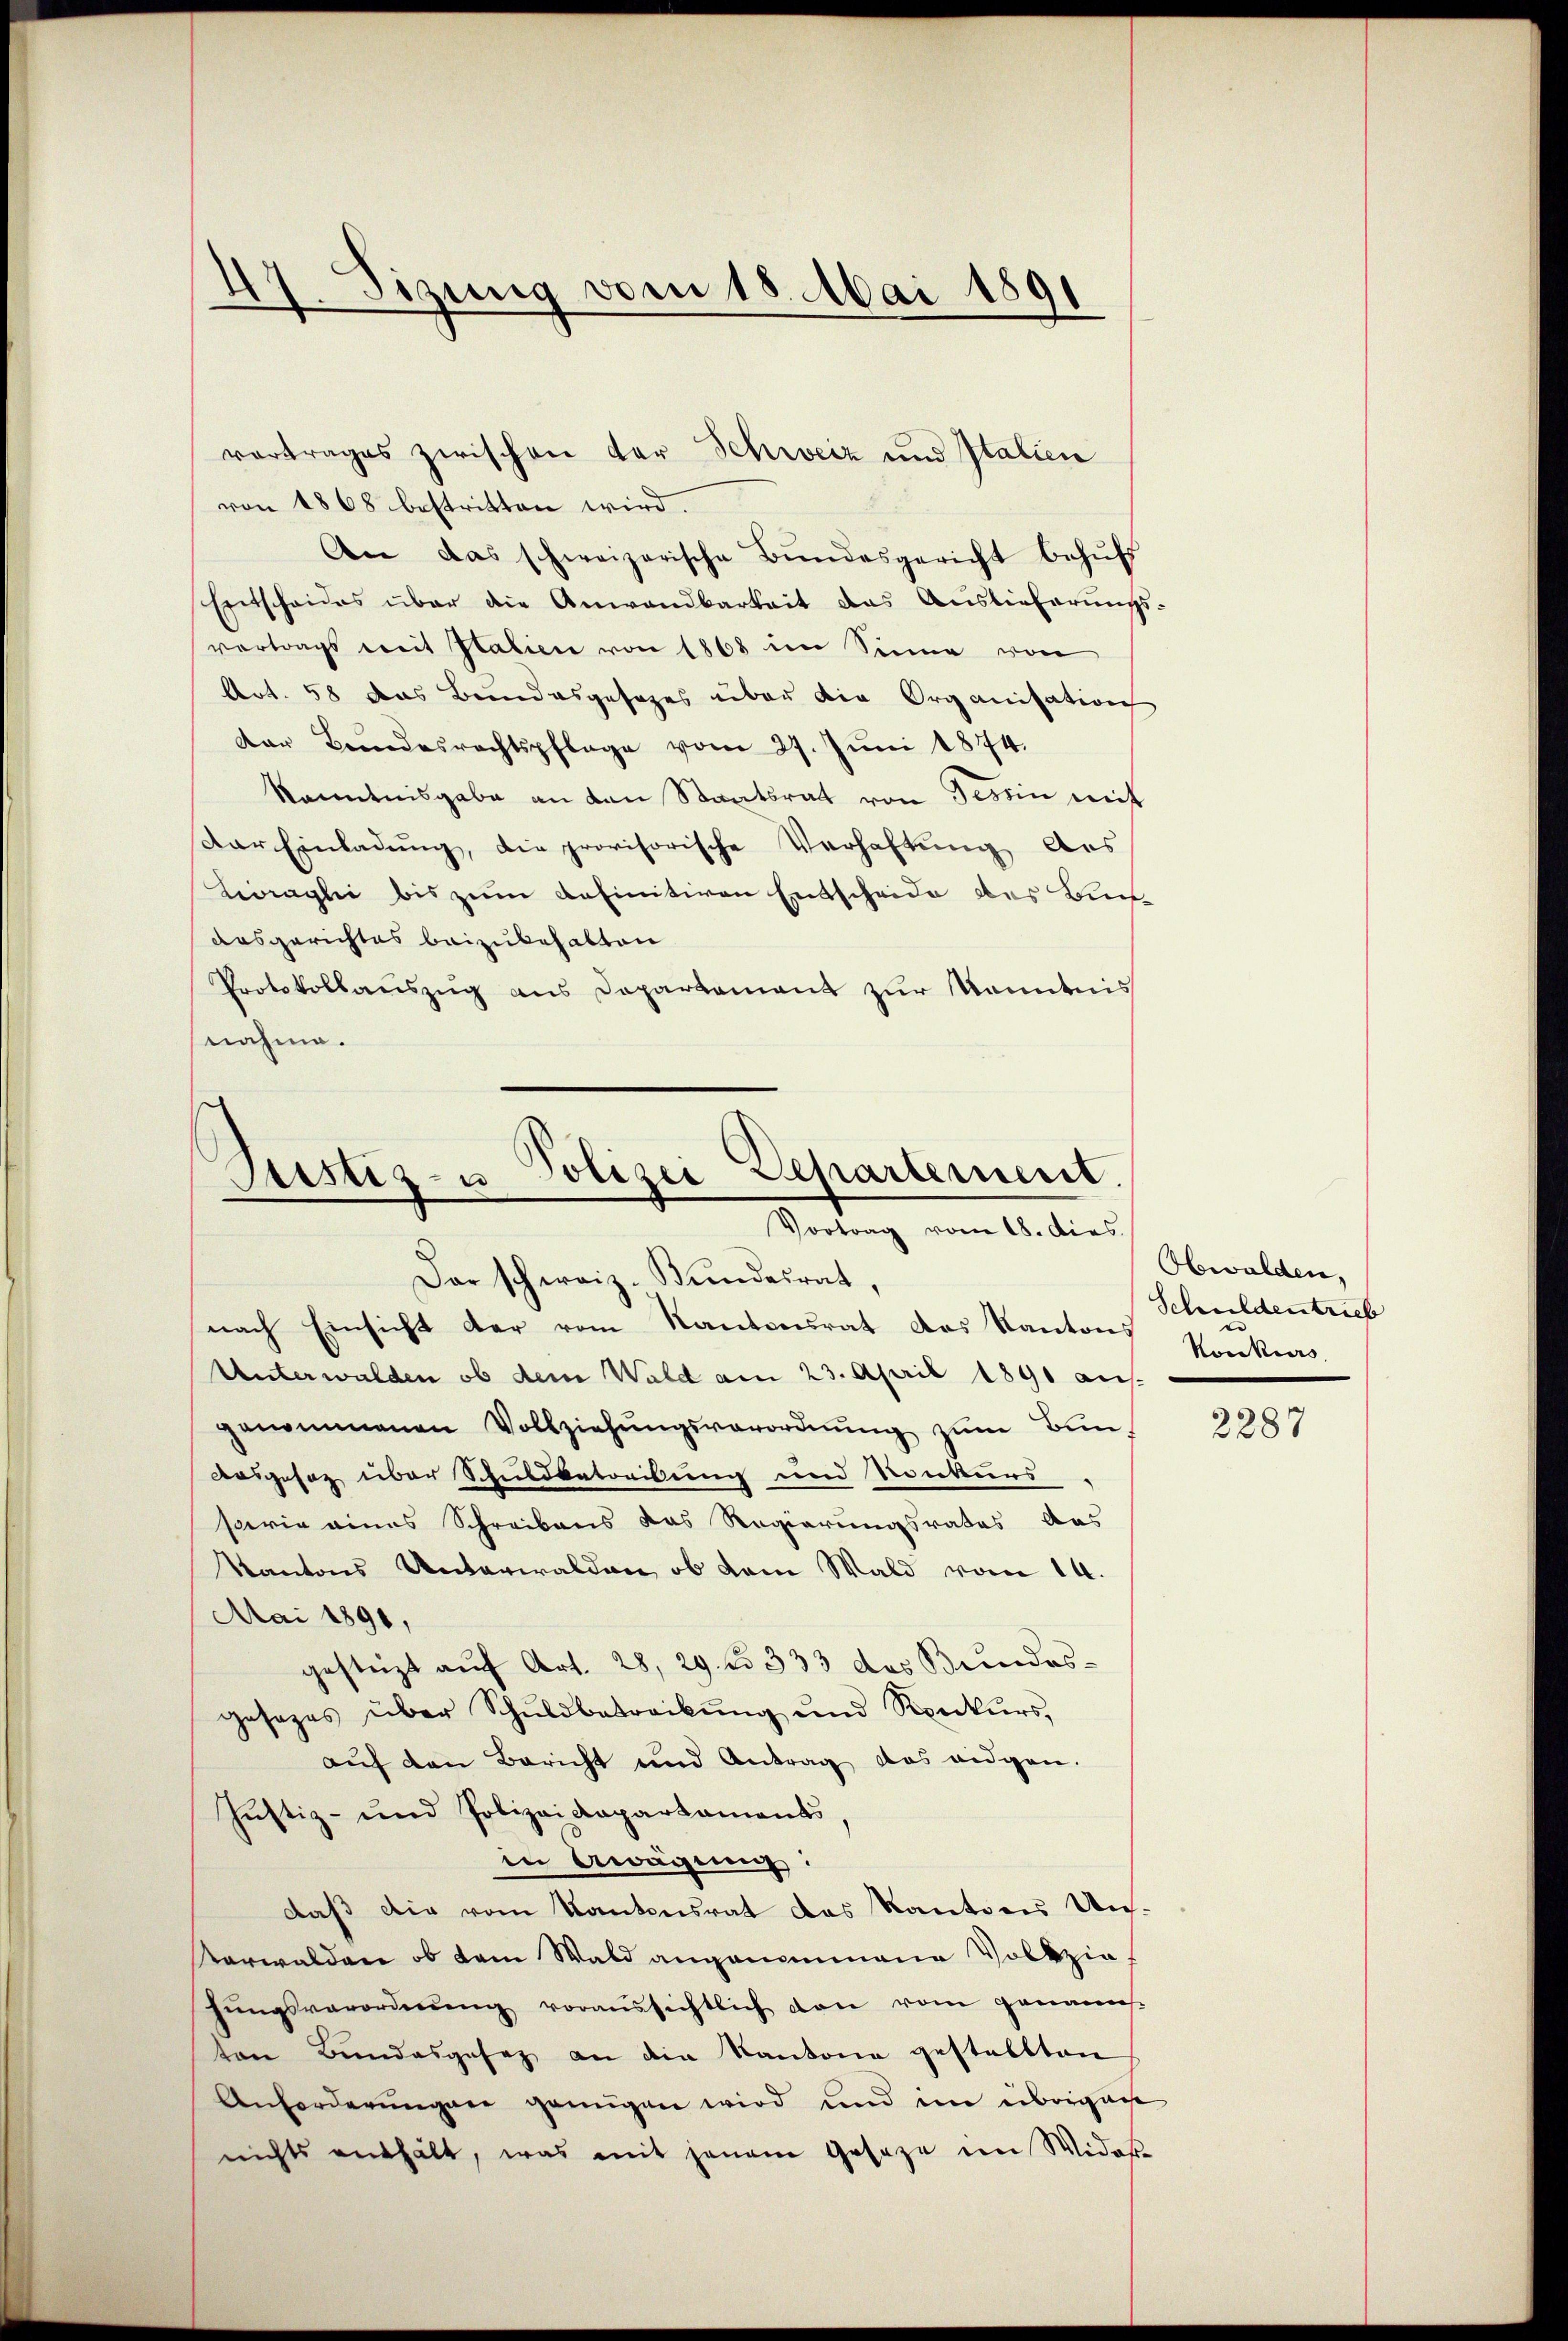
17. Sizung vom 18. Mai 1891

von 1868 bestritten wird.
An das schweizerische Bŭndesgericht behŭfs
Entscheides über die Anwandbarkeit das Auslieferŭngs-
vertrags mit Italien von 1868 im Sinne von
Art. 58 das Bundesgesages über die Organisation
Der Bundesrechtspflege vom 27. Juni 1874.
kanntnisgabe an den Staatsrat von Tessin mit
Dar Einladŭng, die provisorische Verhaftung aus
Liragli bis zum definitiven Entscheide des Bunaasgerichtes beizubehalten
Protokollauszug aus Departement zur Kenntnis
nahme.

vortrages zwischen der Schweiz und Italien

Polizei Departement.
Justiz- u
Vortrag vom 18. dies
Dar schweiz. Bundesrat,

nach Einsicht der vom Kantonsrat das Kantons Konkers
Unterwalden ob dem Wald am 23. April 1891 ausgenommenen Vollziehŭngsverordnŭng zŭm Bŭn-
Ausgesaz über Schuldbetreibung und Konkurs
sowie eines Schreibens das Regierungsrates das
Kantons Unterwalden, ob dem Wald vom 14.
Mai 1891,
gestüzt auf Art. 28, 29. No 333 des Bundesgesezes über Schuldbetrackŭng und Ronkurs,
auf den Bericht und Antrag das eidgen.
Justiz- und Polizeidepartaments,
in Awägung:
daß die vom Kantonsrat des Kantons Un¬
Verwalden, ob dem Wald angenommene Volkzia¬
Jŭngsverordnŭng voraussichtlich den vom genann
ten Bundesgesez an die Kantone gestellten
Anforderŭngen genügen wird und im übergan
nichts enthält, was mit jenem Gesage im Wider

Obwalden,
Schuldentrieb

2287